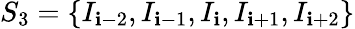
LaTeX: {{S}_{3}}=\left\{ {{I}_{\mathbf{i}-2}},{{I}_{\mathbf{i}-1}},{{I}_{\mathbf{i}}},{{I}_{\mathbf{i}+1}},{{I}_{\mathbf{i}+2}}\right\}